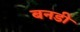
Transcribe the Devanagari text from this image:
बनडी